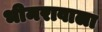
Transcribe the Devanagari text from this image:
भीमरावाला